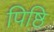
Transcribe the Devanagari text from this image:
पिष्ठि